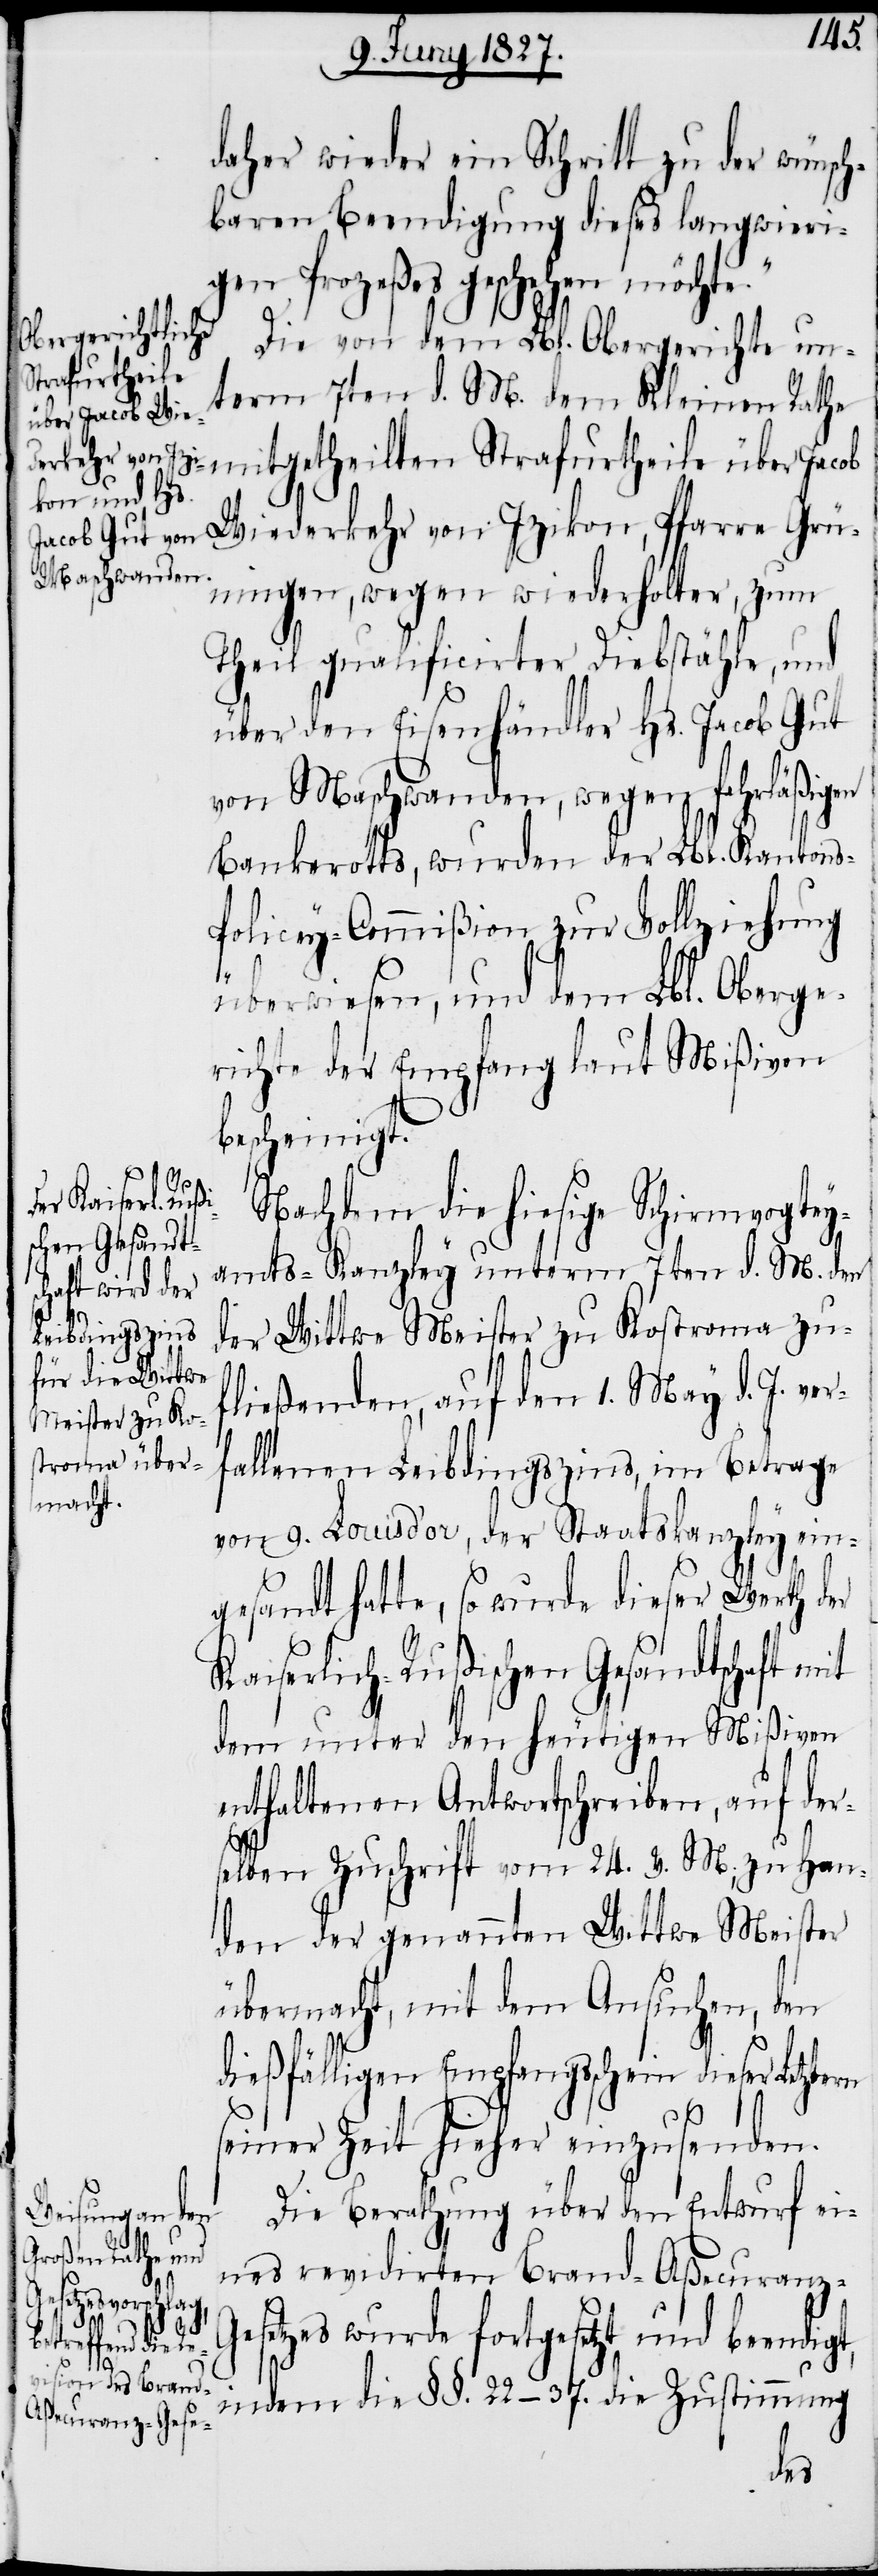
r¬
daher wieder ein Schritt zu der wünsch¬
baren Beendigung dieses langwieri¬
gen Prozeßes geschehen möchte.“
Die von dem Lbl. Obergerichte un¬
term 7ten d. M. dem Kleinen Rath¬
e mitgetheilten Strafurtheile über Jacob
Wiederkehr von Izikon, Pfarre Grün¬
ingen, wegen wiederholter, zum
Theil qualificirter Diebstähle, und
über den Eisenhändler Hs. Jacob Gut
von Maschwanden, wegen fahrläßigen
Bankerotts, wurden der Lbl. Kanton¬
olicey-Commißion zur Vollziehung
überwiesen, und dem Lbl. Oberge¬
richte der Empfang laut Mißiven
bescheinigt.
Nachdem die hiesige Schirmvogtey¬
amts-Kanzley unterm 7ten d. M. den
der Wittwe Meister zu Kostroma zu¬
fließenden, auf den 1. May d. J. ve¬
fallenen Leibdingszins, im Betrage
von 9. Louis d’or, der Staatskanzley ein¬
gesandt hatte, so wurde dieser Werth der
Kaiserlich-Rußischen Gesandtschaft mit
dem unter den heutigen Mißiven
enthaltenen Antwortschreiben, auf der¬
selben Zuschrift vom 24. v. M; zu Han¬
den der genannten Wittwe Meister
übermacht, mit dem Ansuchen, den
dießfälligen Empfangsschein dieser
seiner Zeit hieher einzusenden.
Die Berathung über den Entwurf ei¬
nes revidirten Brand-Aßecuranz-G¬
esetzes wurde fortgesetzt und beendigt,
indem die §§. 22–37. die Zustimmung